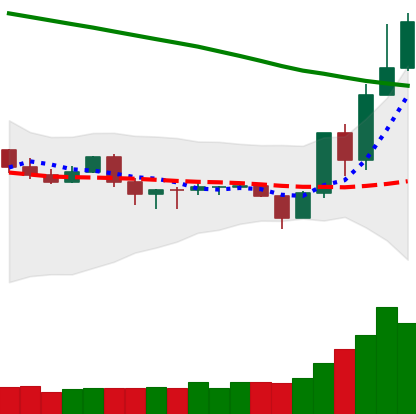
Ticker: TRX-USD
Chart end date: 2019-10-29
Forward return: -10.418%
Label: down_7plus